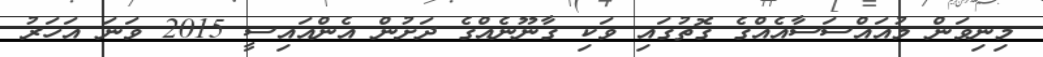
މިނިވަން މުއައްސަސާއެއްގެ ގޮތުގައި ވަކި ގާނޫނެއްގެ ދަށުން އެންއައިސީ 2015 ވަނަ އަހަރު